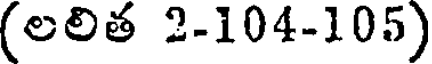
(లలిత 2-104-105)